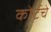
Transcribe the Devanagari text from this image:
कोर्टचे